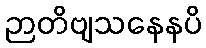
ဉာတိဗျသနေနပိ